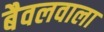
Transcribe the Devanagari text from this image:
बैवलवाला